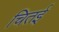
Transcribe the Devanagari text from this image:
चितई